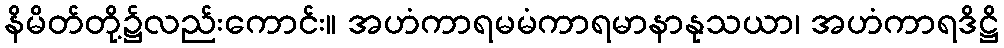
နိမိတ်တို့၌လည်းကောင်း။ အဟံကာရမမံကာရမာနာနုသယာ၊ အဟံကာရဒိဋ္ဌိ